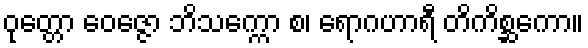
ဝုတ္တော ဝေဇ္ဇော ဘိသက္ကော စ၊ ရောဂဟာရီ တိကိစ္ဆကော။